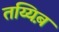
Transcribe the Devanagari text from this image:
तय्यिब़